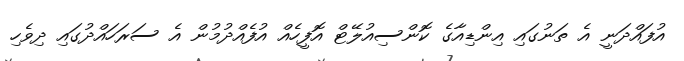
އުފައްދަނީ އެ ތަނުގައި އިންޑިއާގެ ކޮންސިއުލޭޓް އޮފީހެއް އުފެއްދުމުން އެ ސަރަހައްދުގައި ދިވެހި